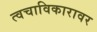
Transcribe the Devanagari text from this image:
त्वचाविकारावर